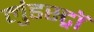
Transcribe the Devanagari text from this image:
लुंडस्ट्राॅ